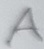
Text: A